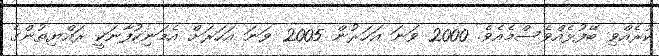
ކުރެއްވި ބޭފުޅެއްވެސްމެއެވެ. 2000 ވަނަ އަހަރުން 2005 ވަނަ އަހަރަށް އެމަނިކުފާނަކީ ރައްޔިތުންގެ